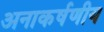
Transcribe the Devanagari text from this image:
अनाकर्षणीय